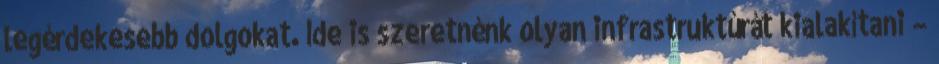
legérdekesebb dolgokat. Ide is szeretnénk olyan infrastruktúrát kialakítani –